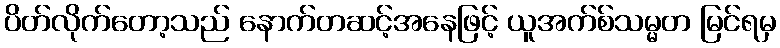
ပိတ်လိုက်တော့သည် နောက်တဆင့်အနေဖြင့် ယူအက်စ်သမ္မတ မြင်ရမှ